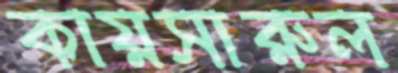
কায়সারুল